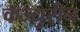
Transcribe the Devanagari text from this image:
कॅज्युरीन